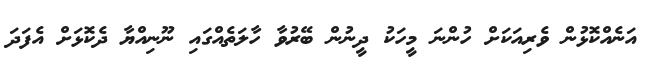
އަނެއްކޮޅުން ވެރިއަކަށް ހުންނަ މީހަކު ދީނުން ބޭރުވާ ހާލަތެއްގައި ނޫނިއްޔާ ދެކޮޅަށް އެފަދަ